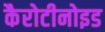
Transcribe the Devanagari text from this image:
कैरोटीनोइड